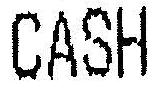
CASH